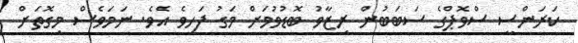
ކަރަންސީ ސްވޮޕްގެ ސަބަބުން ރިޒާވު ބޮޑުވުމަށް މަގު ފަހިވެ އެވެ. ނަމަވެސް މިގޮތަށް